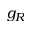
g _ { R }